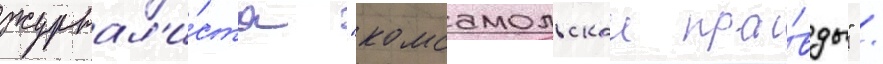
журнал'и́ста "комсомольскои пра́вды" /